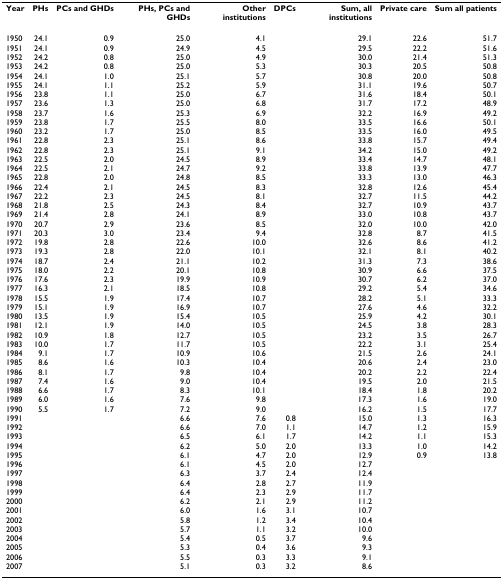
<table><thead><tr><td><b>Year</b></td><td><b>PHs</b></td><td><b>PCs and GHDs</b></td><td><b>PHs, PCs and GHDs</b></td><td><b>Other institutions</b></td><td><b>DPCs</b></td><td><b>Sum, all institutions</b></td><td><b>Private care</b></td><td><b>Sum all patients</b></td></tr></thead><tbody><tr><td>1950</td><td>24.1</td><td>0.9</td><td>25.0</td><td>4.1</td><td></td><td>29.1</td><td>22.6</td><td>51.7</td></tr><tr><td>1951</td><td>24.1</td><td>0.9</td><td>24.9</td><td>4.5</td><td></td><td>29.5</td><td>22.2</td><td>51.6</td></tr><tr><td>1952</td><td>24.2</td><td>0.8</td><td>25.0</td><td>4.9</td><td></td><td>30.0</td><td>21.4</td><td>51.3</td></tr><tr><td>1953</td><td>24.2</td><td>0.8</td><td>25.0</td><td>5.3</td><td></td><td>30.3</td><td>20.5</td><td>50.8</td></tr><tr><td>1954</td><td>24.1</td><td>1.0</td><td>25.1</td><td>5.7</td><td></td><td>30.8</td><td>20.0</td><td>50.8</td></tr><tr><td>1955</td><td>24.1</td><td>1.1</td><td>25.2</td><td>5.9</td><td></td><td>31.1</td><td>19.6</td><td>50.7</td></tr><tr><td>1956</td><td>23.8</td><td>1.1</td><td>25.0</td><td>6.7</td><td></td><td>31.6</td><td>18.4</td><td>50.1</td></tr><tr><td>1957</td><td>23.6</td><td>1.3</td><td>25.0</td><td>6.8</td><td></td><td>31.7</td><td>17.2</td><td>48.9</td></tr><tr><td>1958</td><td>23.7</td><td>1.6</td><td>25.3</td><td>6.9</td><td></td><td>32.2</td><td>16.9</td><td>49.2</td></tr><tr><td>1959</td><td>23.8</td><td>1.7</td><td>25.5</td><td>8.0</td><td></td><td>33.5</td><td>16.6</td><td>50.1</td></tr><tr><td>1960</td><td>23.2</td><td>1.7</td><td>25.0</td><td>8.5</td><td></td><td>33.5</td><td>16.0</td><td>49.5</td></tr><tr><td>1961</td><td>22.8</td><td>2.3</td><td>25.1</td><td>8.6</td><td></td><td>33.8</td><td>15.7</td><td>49.4</td></tr><tr><td>1962</td><td>22.8</td><td>2.3</td><td>25.1</td><td>9.1</td><td></td><td>34.2</td><td>15.0</td><td>49.2</td></tr><tr><td>1963</td><td>22.5</td><td>2.0</td><td>24.5</td><td>8.9</td><td></td><td>33.4</td><td>14.7</td><td>48.1</td></tr><tr><td>1964</td><td>22.5</td><td>2.1</td><td>24.7</td><td>9.2</td><td></td><td>33.8</td><td>13.9</td><td>47.7</td></tr><tr><td>1965</td><td>22.8</td><td>2.0</td><td>24.8</td><td>8.5</td><td></td><td>33.3</td><td>13.0</td><td>46.3</td></tr><tr><td>1966</td><td>22.4</td><td>2.1</td><td>24.5</td><td>8.3</td><td></td><td>32.8</td><td>12.6</td><td>45.4</td></tr><tr><td>1967</td><td>22.2</td><td>2.3</td><td>24.5</td><td>8.1</td><td></td><td>32.7</td><td>11.5</td><td>44.2</td></tr><tr><td>1968</td><td>21.8</td><td>2.5</td><td>24.3</td><td>8.4</td><td></td><td>32.7</td><td>10.9</td><td>43.7</td></tr><tr><td>1969</td><td>21.4</td><td>2.8</td><td>24.1</td><td>8.9</td><td></td><td>33.0</td><td>10.8</td><td>43.7</td></tr><tr><td>1970</td><td>20.7</td><td>2.9</td><td>23.6</td><td>8.5</td><td></td><td>32.0</td><td>10.0</td><td>42.0</td></tr><tr><td>1971</td><td>20.3</td><td>3.0</td><td>23.4</td><td>9.4</td><td></td><td>32.8</td><td>8.7</td><td>41.5</td></tr><tr><td>1972</td><td>19.8</td><td>2.8</td><td>22.6</td><td>10.0</td><td></td><td>32.6</td><td>8.6</td><td>41.2</td></tr><tr><td>1973</td><td>19.3</td><td>2.8</td><td>22.0</td><td>10.1</td><td></td><td>32.1</td><td>8.1</td><td>40.2</td></tr><tr><td>1974</td><td>18.7</td><td>2.4</td><td>21.1</td><td>10.2</td><td></td><td>31.3</td><td>7.3</td><td>38.6</td></tr><tr><td>1975</td><td>18.0</td><td>2.2</td><td>20.1</td><td>10.8</td><td></td><td>30.9</td><td>6.6</td><td>37.5</td></tr><tr><td>1976</td><td>17.6</td><td>2.3</td><td>19.9</td><td>10.9</td><td></td><td>30.7</td><td>6.2</td><td>37.0</td></tr><tr><td>1977</td><td>16.3</td><td>2.1</td><td>18.5</td><td>10.8</td><td></td><td>29.2</td><td>5.4</td><td>34.6</td></tr><tr><td>1978</td><td>15.5</td><td>1.9</td><td>17.4</td><td>10.7</td><td></td><td>28.2</td><td>5.1</td><td>33.3</td></tr><tr><td>1979</td><td>15.1</td><td>1.9</td><td>16.9</td><td>10.7</td><td></td><td>27.6</td><td>4.6</td><td>32.2</td></tr><tr><td>1980</td><td>13.5</td><td>1.9</td><td>15.4</td><td>10.5</td><td></td><td>25.9</td><td>4.2</td><td>30.1</td></tr><tr><td>1981</td><td>12.1</td><td>1.9</td><td>14.0</td><td>10.5</td><td></td><td>24.5</td><td>3.8</td><td>28.3</td></tr><tr><td>1982</td><td>10.9</td><td>1.8</td><td>12.7</td><td>10.5</td><td></td><td>23.2</td><td>3.5</td><td>26.7</td></tr><tr><td>1983</td><td>10.0</td><td>1.7</td><td>11.7</td><td>10.5</td><td></td><td>22.2</td><td>3.1</td><td>25.4</td></tr><tr><td>1984</td><td>9.1</td><td>1.7</td><td>10.9</td><td>10.6</td><td></td><td>21.5</td><td>2.6</td><td>24.1</td></tr><tr><td>1985</td><td>8.6</td><td>1.6</td><td>10.3</td><td>10.4</td><td></td><td>20.6</td><td>2.4</td><td>23.0</td></tr><tr><td>1986</td><td>8.1</td><td>1.7</td><td>9.8</td><td>10.4</td><td></td><td>20.2</td><td>2.2</td><td>22.4</td></tr><tr><td>1987</td><td>7.4</td><td>1.6</td><td>9.0</td><td>10.4</td><td></td><td>19.5</td><td>2.0</td><td>21.5</td></tr><tr><td>1988</td><td>6.6</td><td>1.7</td><td>8.3</td><td>10.1</td><td></td><td>18.4</td><td>1.8</td><td>20.2</td></tr><tr><td>1989</td><td>6.0</td><td>1.6</td><td>7.6</td><td>9.8</td><td></td><td>17.3</td><td>1.6</td><td>19.0</td></tr><tr><td>1990</td><td>5.5</td><td>1.7</td><td>7.2</td><td>9.0</td><td></td><td>16.2</td><td>1.5</td><td>17.7</td></tr><tr><td>1991</td><td></td><td></td><td>6.6</td><td>7.6</td><td>0.8</td><td>15.0</td><td>1.3</td><td>16.3</td></tr><tr><td>1992</td><td></td><td></td><td>6.6</td><td>7.0</td><td>1.1</td><td>14.7</td><td>1.2</td><td>15.9</td></tr><tr><td>1993</td><td></td><td></td><td>6.5</td><td>6.1</td><td>1.7</td><td>14.2</td><td>1.1</td><td>15.3</td></tr><tr><td>1994</td><td></td><td></td><td>6.2</td><td>5.0</td><td>2.0</td><td>13.3</td><td>1.0</td><td>14.2</td></tr><tr><td>1995</td><td></td><td></td><td>6.1</td><td>4.7</td><td>2.0</td><td>12.9</td><td>0.9</td><td>13.8</td></tr><tr><td>1996</td><td></td><td></td><td>6.1</td><td>4.5</td><td>2.0</td><td>12.7</td><td></td><td></td></tr><tr><td>1997</td><td></td><td></td><td>6.3</td><td>3.7</td><td>2.4</td><td>12.4</td><td></td><td></td></tr><tr><td>1998</td><td></td><td></td><td>6.4</td><td>2.8</td><td>2.7</td><td>11.9</td><td></td><td></td></tr><tr><td>1999</td><td></td><td></td><td>6.4</td><td>2.3</td><td>2.9</td><td>11.7</td><td></td><td></td></tr><tr><td>2000</td><td></td><td></td><td>6.2</td><td>2.1</td><td>2.9</td><td>11.2</td><td></td><td></td></tr><tr><td>2001</td><td></td><td></td><td>6.0</td><td>1.6</td><td>3.1</td><td>10.7</td><td></td><td></td></tr><tr><td>2002</td><td></td><td></td><td>5.8</td><td>1.2</td><td>3.4</td><td>10.4</td><td></td><td></td></tr><tr><td>2003</td><td></td><td></td><td>5.7</td><td>1.1</td><td>3.2</td><td>10.0</td><td></td><td></td></tr><tr><td>2004</td><td></td><td></td><td>5.4</td><td>0.5</td><td>3.7</td><td>9.6</td><td></td><td></td></tr><tr><td>2005</td><td></td><td></td><td>5.3</td><td>0.4</td><td>3.6</td><td>9.3</td><td></td><td></td></tr><tr><td>2006</td><td></td><td></td><td>5.5</td><td>0.3</td><td>3.3</td><td>9.1</td><td></td><td></td></tr><tr><td>2007</td><td></td><td></td><td>5.1</td><td>0.3</td><td>3.2</td><td>8.6</td><td></td><td></td></tr></tbody></table>